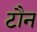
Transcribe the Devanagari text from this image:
टौन